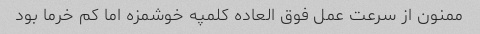
ممنون از سرعت عمل فوق العاده کلمپه خوشمزه اما کم خرما بود